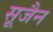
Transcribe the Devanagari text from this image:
सूजैन